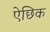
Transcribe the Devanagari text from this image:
ऐछिक